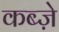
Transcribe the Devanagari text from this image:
कब्‍ज़े